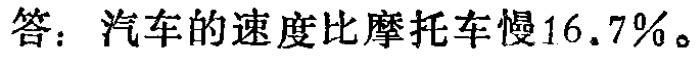
答：汽车的速度比摩托车慢\(16.7\%\)。